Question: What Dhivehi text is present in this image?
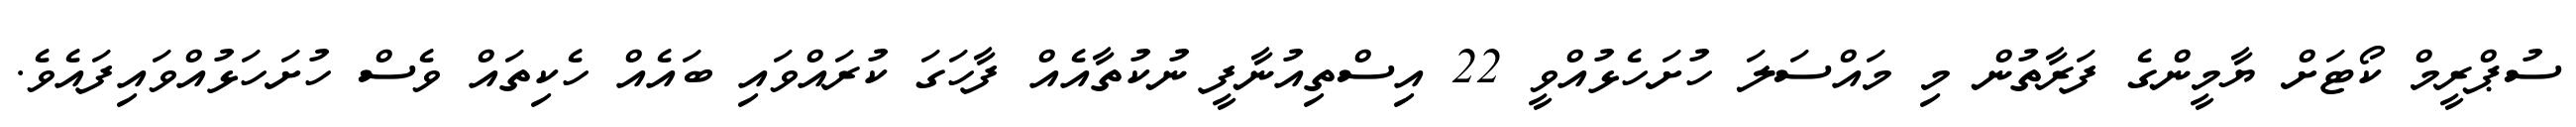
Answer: ސުޕްރީމް ކޯޓަށް ޔާމީންގެ ފަރާތުން މި މައްސަލަ ހުށަހެޅުއްވީ 22 އިސްތިއުނާފީ ނުކުތާއެއް ފާހަގަ ކުރައްވައި ބައެއް ހެކިތައް ވެސް ހުށަހަޅުއްވައިފައެވެ.